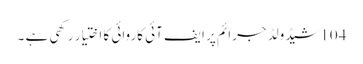
104شیڈولڈ جرائم پر ایف آئی کاروائی کا اختیار رکھی ہے ۔